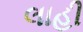
લાહી